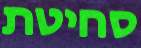
סחיטת